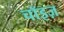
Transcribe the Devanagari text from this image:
चॉइज़